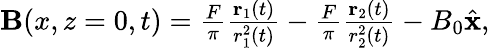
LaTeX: \begin{array}{r}{{\mathbf B}(x,z=0,t)=\frac{F}{\pi}\frac{{\mathbf r_{1}}(t)}{r_{1}^{2}(t)}-\frac{F}{\pi}\frac{{\mathbf r_{2}}(t)}{r_{2}^{2}(t)}-B_{0}\hat{\mathbf x},}\end{array}